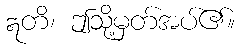
ဣတိ၊ ဤသို့မှတ်အပ်၏။